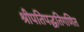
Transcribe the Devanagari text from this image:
श्रीपतिपद्धतिगणित